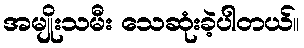
အမျိုးသမီး သေဆုံးခဲ့ပါတယ်။